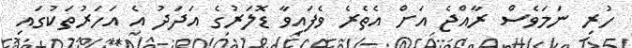
ހުރި ނަމަވެސް ރާއްޖެ އަށް އެތެރެ ވެފައިވާ ޑޮލަރުގެ އަދަދު އެ އަހަރުތަކުގައި